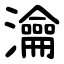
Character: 瀹